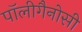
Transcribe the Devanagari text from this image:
पॉलीगैनोसी